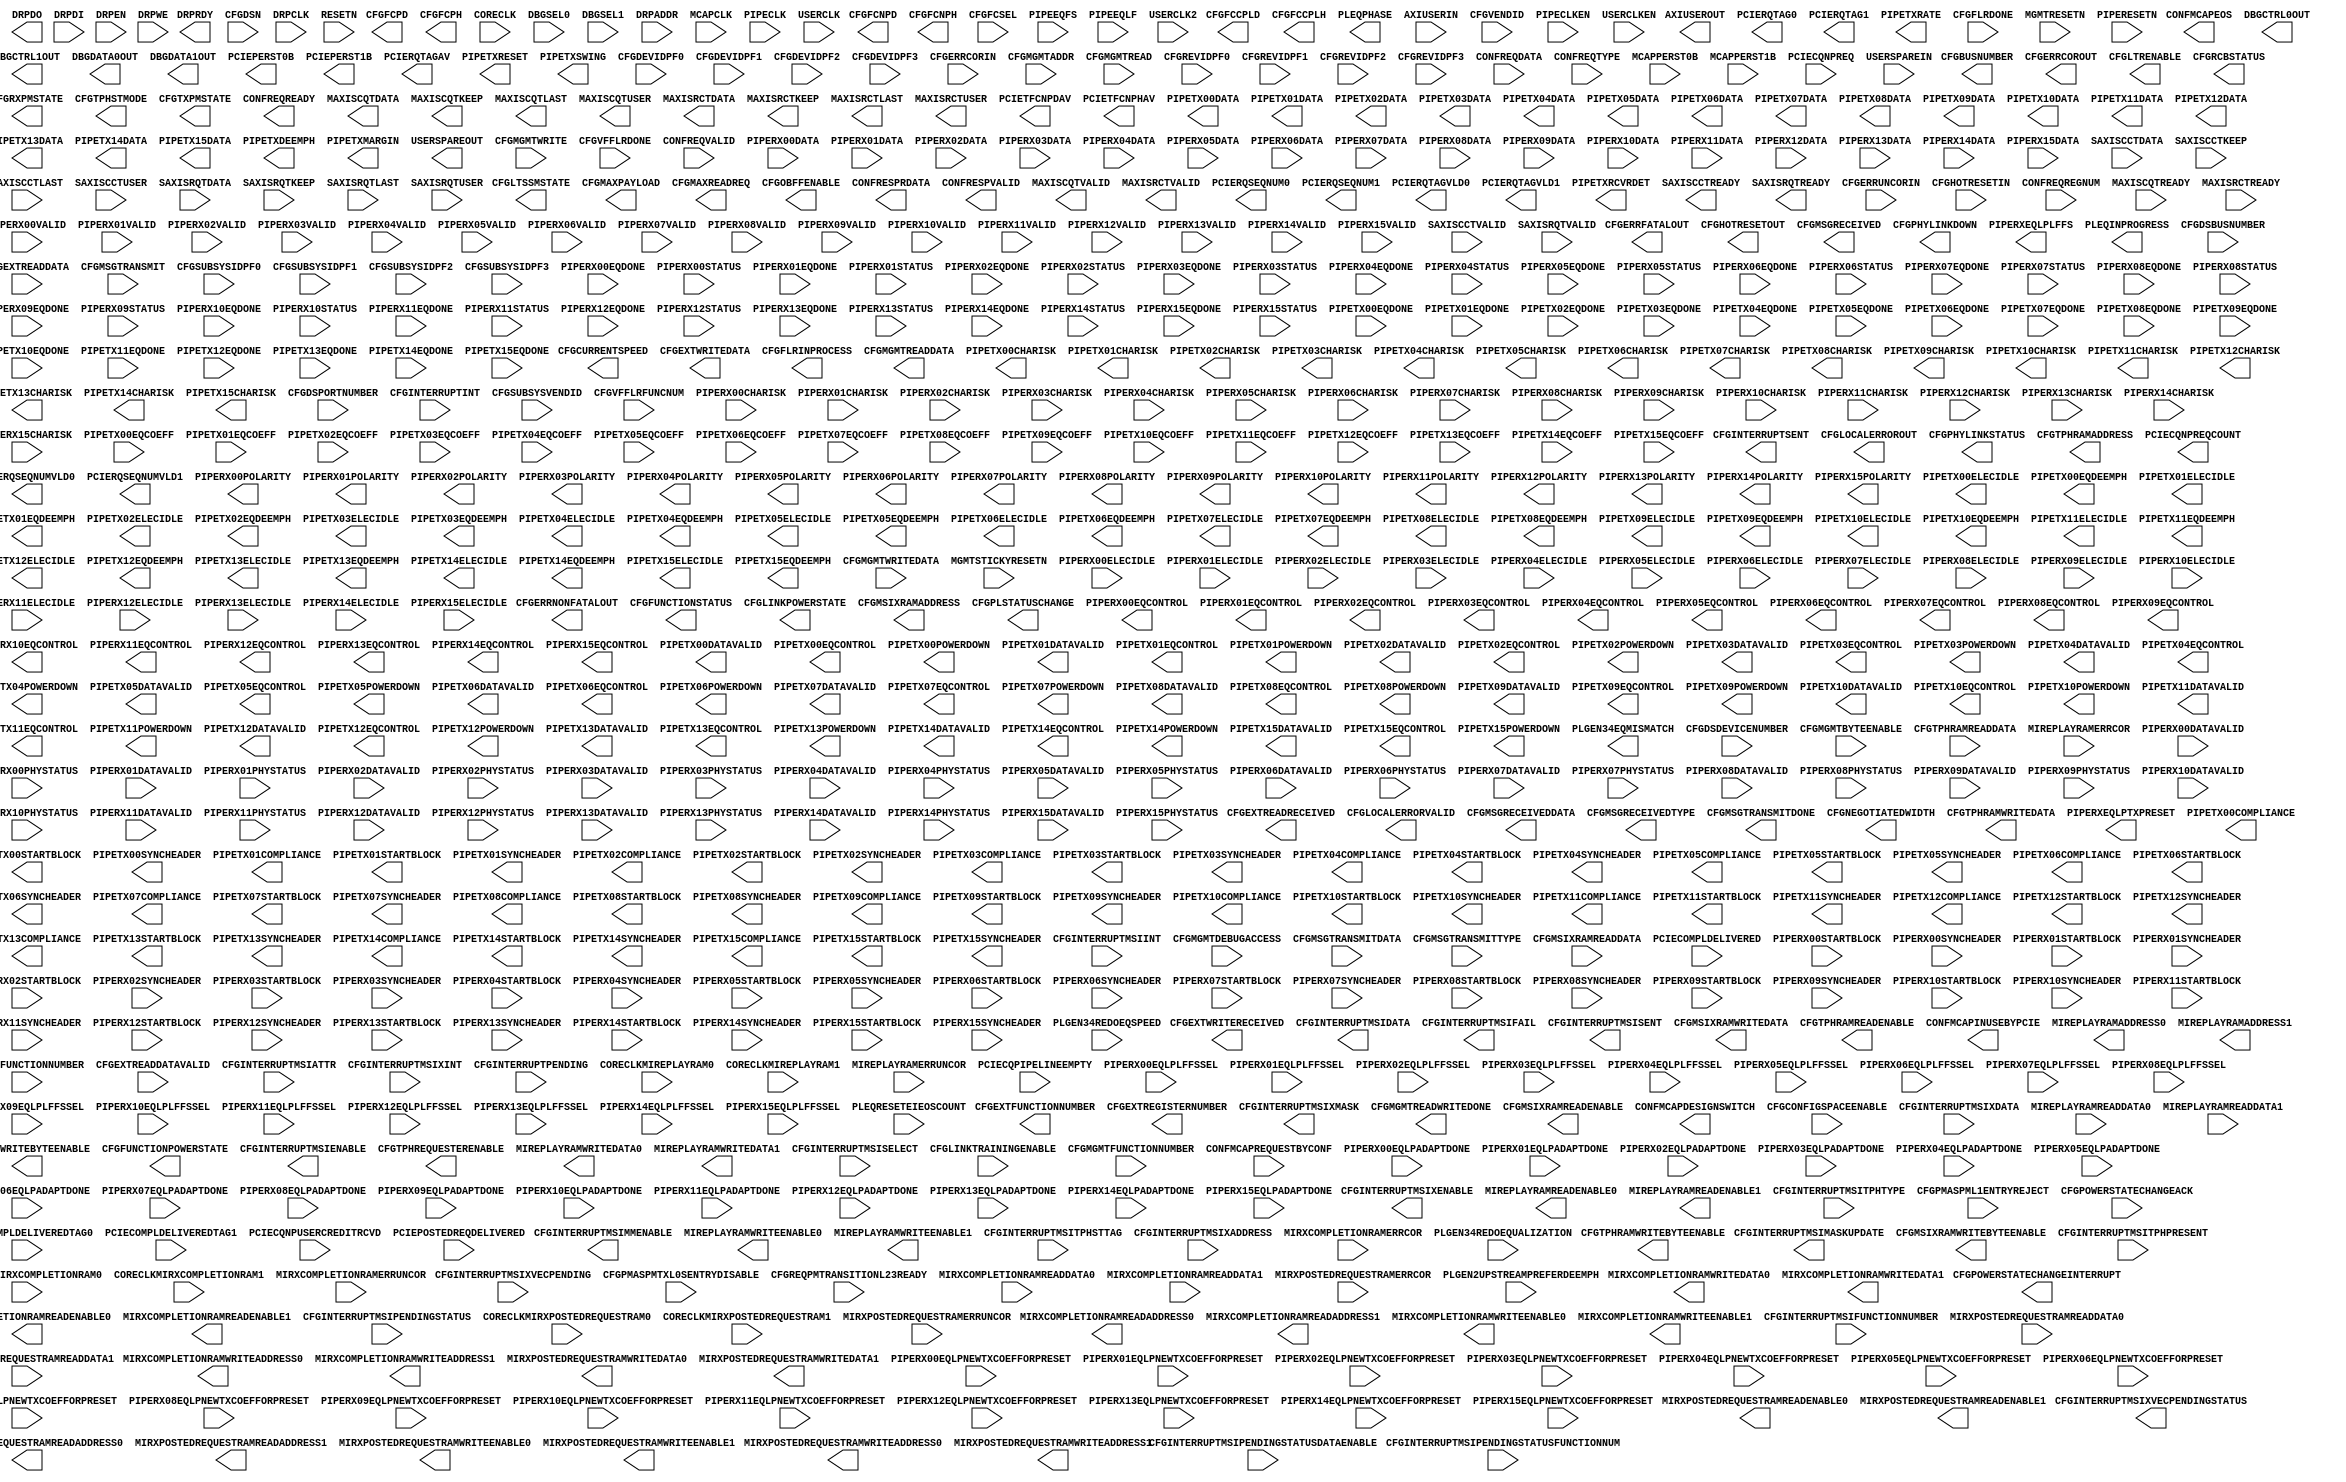
///////////////////////////////////////////////////////////////////////////////
//  Copyright (c) 1995/2016 Xilinx, Inc.
//  All Right Reserved.
///////////////////////////////////////////////////////////////////////////////
//   ____  ____
//  /   /\/   /
// /___/  \  /     Vendor      : Xilinx
// \   \   \/      Version     : 2016.1
//  \   \          Description : Xilinx Formal Library Component
//  /   /                        PCIE controller
// /___/   /\      Filename    : PCIE40E4.v
// \   \  /  \
//  \___\/\___\
//
///////////////////////////////////////////////////////////////////////////////
//  Revision:
//
//  End Revision:
///////////////////////////////////////////////////////////////////////////////

`timescale 1 ps / 1 ps

`celldefine

module PCIE40E4 #(
`ifdef XIL_TIMING
  parameter LOC = "UNPLACED",
`endif
  parameter ARI_CAP_ENABLE = "FALSE",
  parameter AUTO_FLR_RESPONSE = "FALSE",
  parameter [1:0] AXISTEN_IF_CC_ALIGNMENT_MODE = 2'h0,
  parameter [23:0] AXISTEN_IF_COMPL_TIMEOUT_REG0 = 24'hBEBC20,
  parameter [27:0] AXISTEN_IF_COMPL_TIMEOUT_REG1 = 28'h2FAF080,
  parameter [1:0] AXISTEN_IF_CQ_ALIGNMENT_MODE = 2'h0,
  parameter AXISTEN_IF_CQ_EN_POISONED_MEM_WR = "FALSE",
  parameter AXISTEN_IF_ENABLE_256_TAGS = "FALSE",
  parameter AXISTEN_IF_ENABLE_CLIENT_TAG = "FALSE",
  parameter AXISTEN_IF_ENABLE_INTERNAL_MSIX_TABLE = "FALSE",
  parameter AXISTEN_IF_ENABLE_MESSAGE_RID_CHECK = "TRUE",
  parameter [17:0] AXISTEN_IF_ENABLE_MSG_ROUTE = 18'h00000,
  parameter AXISTEN_IF_ENABLE_RX_MSG_INTFC = "FALSE",
  parameter AXISTEN_IF_EXT_512 = "FALSE",
  parameter AXISTEN_IF_EXT_512_CC_STRADDLE = "FALSE",
  parameter AXISTEN_IF_EXT_512_CQ_STRADDLE = "FALSE",
  parameter AXISTEN_IF_EXT_512_RC_STRADDLE = "FALSE",
  parameter AXISTEN_IF_EXT_512_RQ_STRADDLE = "FALSE",
  parameter AXISTEN_IF_LEGACY_MODE_ENABLE = "FALSE",
  parameter AXISTEN_IF_MSIX_FROM_RAM_PIPELINE = "FALSE",
  parameter AXISTEN_IF_MSIX_RX_PARITY_EN = "TRUE",
  parameter AXISTEN_IF_MSIX_TO_RAM_PIPELINE = "FALSE",
  parameter [1:0] AXISTEN_IF_RC_ALIGNMENT_MODE = 2'h0,
  parameter AXISTEN_IF_RC_STRADDLE = "FALSE",
  parameter [1:0] AXISTEN_IF_RQ_ALIGNMENT_MODE = 2'h0,
  parameter AXISTEN_IF_RX_PARITY_EN = "TRUE",
  parameter AXISTEN_IF_SIM_SHORT_CPL_TIMEOUT = "FALSE",
  parameter AXISTEN_IF_TX_PARITY_EN = "TRUE",
  parameter [1:0] AXISTEN_IF_WIDTH = 2'h2,
  parameter CFG_BYPASS_MODE_ENABLE = "FALSE",
  parameter CRM_CORE_CLK_FREQ_500 = "TRUE",
  parameter [1:0] CRM_USER_CLK_FREQ = 2'h2,
  parameter [15:0] DEBUG_AXI4ST_SPARE = 16'h0000,
  parameter [7:0] DEBUG_AXIST_DISABLE_FEATURE_BIT = 8'h00,
  parameter [3:0] DEBUG_CAR_SPARE = 4'h0,
  parameter [15:0] DEBUG_CFG_SPARE = 16'h0000,
  parameter [15:0] DEBUG_LL_SPARE = 16'h0000,
  parameter DEBUG_PL_DISABLE_LES_UPDATE_ON_DEFRAMER_ERROR = "FALSE",
  parameter DEBUG_PL_DISABLE_LES_UPDATE_ON_SKP_ERROR = "FALSE",
  parameter DEBUG_PL_DISABLE_LES_UPDATE_ON_SKP_PARITY_ERROR = "FALSE",
  parameter DEBUG_PL_DISABLE_REC_ENTRY_ON_DYNAMIC_DSKEW_FAIL = "FALSE",
  parameter DEBUG_PL_DISABLE_REC_ENTRY_ON_RX_BUFFER_UNDER_OVER_FLOW = "FALSE",
  parameter DEBUG_PL_DISABLE_SCRAMBLING = "FALSE",
  parameter DEBUG_PL_SIM_RESET_LFSR = "FALSE",
  parameter [15:0] DEBUG_PL_SPARE = 16'h0000,
  parameter DEBUG_TL_DISABLE_FC_TIMEOUT = "FALSE",
  parameter DEBUG_TL_DISABLE_RX_TLP_ORDER_CHECKS = "FALSE",
  parameter [15:0] DEBUG_TL_SPARE = 16'h0000,
  parameter [7:0] DNSTREAM_LINK_NUM = 8'h00,
  parameter DSN_CAP_ENABLE = "FALSE",
  parameter EXTENDED_CFG_EXTEND_INTERFACE_ENABLE = "FALSE",
  parameter HEADER_TYPE_OVERRIDE = "FALSE",
  parameter IS_SWITCH_PORT = "FALSE",
  parameter LEGACY_CFG_EXTEND_INTERFACE_ENABLE = "FALSE",
  parameter [8:0] LL_ACK_TIMEOUT = 9'h000,
  parameter LL_ACK_TIMEOUT_EN = "FALSE",
  parameter integer LL_ACK_TIMEOUT_FUNC = 0,
  parameter LL_DISABLE_SCHED_TX_NAK = "FALSE",
  parameter LL_REPLAY_FROM_RAM_PIPELINE = "FALSE",
  parameter [8:0] LL_REPLAY_TIMEOUT = 9'h000,
  parameter LL_REPLAY_TIMEOUT_EN = "FALSE",
  parameter integer LL_REPLAY_TIMEOUT_FUNC = 0,
  parameter LL_REPLAY_TO_RAM_PIPELINE = "FALSE",
  parameter LL_RX_TLP_PARITY_GEN = "TRUE",
  parameter LL_TX_TLP_PARITY_CHK = "TRUE",
  parameter [15:0] LL_USER_SPARE = 16'h0000,
  parameter [9:0] LTR_TX_MESSAGE_MINIMUM_INTERVAL = 10'h250,
  parameter LTR_TX_MESSAGE_ON_FUNC_POWER_STATE_CHANGE = "FALSE",
  parameter LTR_TX_MESSAGE_ON_LTR_ENABLE = "FALSE",
  parameter [11:0] MCAP_CAP_NEXTPTR = 12'h000,
  parameter MCAP_CONFIGURE_OVERRIDE = "FALSE",
  parameter MCAP_ENABLE = "FALSE",
  parameter MCAP_EOS_DESIGN_SWITCH = "FALSE",
  parameter [31:0] MCAP_FPGA_BITSTREAM_VERSION = 32'h00000000,
  parameter MCAP_GATE_IO_ENABLE_DESIGN_SWITCH = "FALSE",
  parameter MCAP_GATE_MEM_ENABLE_DESIGN_SWITCH = "FALSE",
  parameter MCAP_INPUT_GATE_DESIGN_SWITCH = "FALSE",
  parameter MCAP_INTERRUPT_ON_MCAP_EOS = "FALSE",
  parameter MCAP_INTERRUPT_ON_MCAP_ERROR = "FALSE",
  parameter [15:0] MCAP_VSEC_ID = 16'h0000,
  parameter [11:0] MCAP_VSEC_LEN = 12'h02C,
  parameter [3:0] MCAP_VSEC_REV = 4'h0,
  parameter PF0_AER_CAP_ECRC_GEN_AND_CHECK_CAPABLE = "FALSE",
  parameter [11:0] PF0_AER_CAP_NEXTPTR = 12'h000,
  parameter [11:0] PF0_ARI_CAP_NEXTPTR = 12'h000,
  parameter [7:0] PF0_ARI_CAP_NEXT_FUNC = 8'h00,
  parameter [3:0] PF0_ARI_CAP_VER = 4'h1,
  parameter [5:0] PF0_BAR0_APERTURE_SIZE = 6'h03,
  parameter [2:0] PF0_BAR0_CONTROL = 3'h4,
  parameter [4:0] PF0_BAR1_APERTURE_SIZE = 5'h00,
  parameter [2:0] PF0_BAR1_CONTROL = 3'h0,
  parameter [5:0] PF0_BAR2_APERTURE_SIZE = 6'h03,
  parameter [2:0] PF0_BAR2_CONTROL = 3'h4,
  parameter [4:0] PF0_BAR3_APERTURE_SIZE = 5'h03,
  parameter [2:0] PF0_BAR3_CONTROL = 3'h0,
  parameter [5:0] PF0_BAR4_APERTURE_SIZE = 6'h03,
  parameter [2:0] PF0_BAR4_CONTROL = 3'h4,
  parameter [4:0] PF0_BAR5_APERTURE_SIZE = 5'h03,
  parameter [2:0] PF0_BAR5_CONTROL = 3'h0,
  parameter [7:0] PF0_CAPABILITY_POINTER = 8'h80,
  parameter [23:0] PF0_CLASS_CODE = 24'h000000,
  parameter PF0_DEV_CAP2_128B_CAS_ATOMIC_COMPLETER_SUPPORT = "TRUE",
  parameter PF0_DEV_CAP2_32B_ATOMIC_COMPLETER_SUPPORT = "TRUE",
  parameter PF0_DEV_CAP2_64B_ATOMIC_COMPLETER_SUPPORT = "TRUE",
  parameter PF0_DEV_CAP2_ARI_FORWARD_ENABLE = "FALSE",
  parameter PF0_DEV_CAP2_CPL_TIMEOUT_DISABLE = "TRUE",
  parameter PF0_DEV_CAP2_LTR_SUPPORT = "TRUE",
  parameter [1:0] PF0_DEV_CAP2_OBFF_SUPPORT = 2'h0,
  parameter PF0_DEV_CAP2_TPH_COMPLETER_SUPPORT = "FALSE",
  parameter integer PF0_DEV_CAP_ENDPOINT_L0S_LATENCY = 0,
  parameter integer PF0_DEV_CAP_ENDPOINT_L1_LATENCY = 0,
  parameter PF0_DEV_CAP_EXT_TAG_SUPPORTED = "TRUE",
  parameter PF0_DEV_CAP_FUNCTION_LEVEL_RESET_CAPABLE = "TRUE",
  parameter [2:0] PF0_DEV_CAP_MAX_PAYLOAD_SIZE = 3'h3,
  parameter [11:0] PF0_DSN_CAP_NEXTPTR = 12'h10C,
  parameter [4:0] PF0_EXPANSION_ROM_APERTURE_SIZE = 5'h03,
  parameter PF0_EXPANSION_ROM_ENABLE = "FALSE",
  parameter [2:0] PF0_INTERRUPT_PIN = 3'h1,
  parameter integer PF0_LINK_CAP_ASPM_SUPPORT = 0,
  parameter integer PF0_LINK_CAP_L0S_EXIT_LATENCY_COMCLK_GEN1 = 7,
  parameter integer PF0_LINK_CAP_L0S_EXIT_LATENCY_COMCLK_GEN2 = 7,
  parameter integer PF0_LINK_CAP_L0S_EXIT_LATENCY_COMCLK_GEN3 = 7,
  parameter integer PF0_LINK_CAP_L0S_EXIT_LATENCY_COMCLK_GEN4 = 7,
  parameter integer PF0_LINK_CAP_L0S_EXIT_LATENCY_GEN1 = 7,
  parameter integer PF0_LINK_CAP_L0S_EXIT_LATENCY_GEN2 = 7,
  parameter integer PF0_LINK_CAP_L0S_EXIT_LATENCY_GEN3 = 7,
  parameter integer PF0_LINK_CAP_L0S_EXIT_LATENCY_GEN4 = 7,
  parameter integer PF0_LINK_CAP_L1_EXIT_LATENCY_COMCLK_GEN1 = 7,
  parameter integer PF0_LINK_CAP_L1_EXIT_LATENCY_COMCLK_GEN2 = 7,
  parameter integer PF0_LINK_CAP_L1_EXIT_LATENCY_COMCLK_GEN3 = 7,
  parameter integer PF0_LINK_CAP_L1_EXIT_LATENCY_COMCLK_GEN4 = 7,
  parameter integer PF0_LINK_CAP_L1_EXIT_LATENCY_GEN1 = 7,
  parameter integer PF0_LINK_CAP_L1_EXIT_LATENCY_GEN2 = 7,
  parameter integer PF0_LINK_CAP_L1_EXIT_LATENCY_GEN3 = 7,
  parameter integer PF0_LINK_CAP_L1_EXIT_LATENCY_GEN4 = 7,
  parameter [0:0] PF0_LINK_CONTROL_RCB = 1'h0,
  parameter PF0_LINK_STATUS_SLOT_CLOCK_CONFIG = "TRUE",
  parameter [9:0] PF0_LTR_CAP_MAX_NOSNOOP_LAT = 10'h000,
  parameter [9:0] PF0_LTR_CAP_MAX_SNOOP_LAT = 10'h000,
  parameter [11:0] PF0_LTR_CAP_NEXTPTR = 12'h000,
  parameter [3:0] PF0_LTR_CAP_VER = 4'h1,
  parameter [7:0] PF0_MSIX_CAP_NEXTPTR = 8'h00,
  parameter integer PF0_MSIX_CAP_PBA_BIR = 0,
  parameter [28:0] PF0_MSIX_CAP_PBA_OFFSET = 29'h00000050,
  parameter integer PF0_MSIX_CAP_TABLE_BIR = 0,
  parameter [28:0] PF0_MSIX_CAP_TABLE_OFFSET = 29'h00000040,
  parameter [10:0] PF0_MSIX_CAP_TABLE_SIZE = 11'h000,
  parameter [5:0] PF0_MSIX_VECTOR_COUNT = 6'h04,
  parameter integer PF0_MSI_CAP_MULTIMSGCAP = 0,
  parameter [7:0] PF0_MSI_CAP_NEXTPTR = 8'h00,
  parameter PF0_MSI_CAP_PERVECMASKCAP = "FALSE",
  parameter [7:0] PF0_PCIE_CAP_NEXTPTR = 8'h00,
  parameter [7:0] PF0_PM_CAP_ID = 8'h01,
  parameter [7:0] PF0_PM_CAP_NEXTPTR = 8'h00,
  parameter PF0_PM_CAP_PMESUPPORT_D0 = "TRUE",
  parameter PF0_PM_CAP_PMESUPPORT_D1 = "TRUE",
  parameter PF0_PM_CAP_PMESUPPORT_D3HOT = "TRUE",
  parameter PF0_PM_CAP_SUPP_D1_STATE = "TRUE",
  parameter [2:0] PF0_PM_CAP_VER_ID = 3'h3,
  parameter PF0_PM_CSR_NOSOFTRESET = "TRUE",
  parameter [11:0] PF0_SECONDARY_PCIE_CAP_NEXTPTR = 12'h000,
  parameter PF0_SRIOV_ARI_CAPBL_HIER_PRESERVED = "FALSE",
  parameter [5:0] PF0_SRIOV_BAR0_APERTURE_SIZE = 6'h03,
  parameter [2:0] PF0_SRIOV_BAR0_CONTROL = 3'h4,
  parameter [4:0] PF0_SRIOV_BAR1_APERTURE_SIZE = 5'h00,
  parameter [2:0] PF0_SRIOV_BAR1_CONTROL = 3'h0,
  parameter [5:0] PF0_SRIOV_BAR2_APERTURE_SIZE = 6'h03,
  parameter [2:0] PF0_SRIOV_BAR2_CONTROL = 3'h4,
  parameter [4:0] PF0_SRIOV_BAR3_APERTURE_SIZE = 5'h03,
  parameter [2:0] PF0_SRIOV_BAR3_CONTROL = 3'h0,
  parameter [5:0] PF0_SRIOV_BAR4_APERTURE_SIZE = 6'h03,
  parameter [2:0] PF0_SRIOV_BAR4_CONTROL = 3'h4,
  parameter [4:0] PF0_SRIOV_BAR5_APERTURE_SIZE = 5'h03,
  parameter [2:0] PF0_SRIOV_BAR5_CONTROL = 3'h0,
  parameter [15:0] PF0_SRIOV_CAP_INITIAL_VF = 16'h0000,
  parameter [11:0] PF0_SRIOV_CAP_NEXTPTR = 12'h000,
  parameter [15:0] PF0_SRIOV_CAP_TOTAL_VF = 16'h0000,
  parameter [3:0] PF0_SRIOV_CAP_VER = 4'h1,
  parameter [15:0] PF0_SRIOV_FIRST_VF_OFFSET = 16'h0000,
  parameter [15:0] PF0_SRIOV_FUNC_DEP_LINK = 16'h0000,
  parameter [31:0] PF0_SRIOV_SUPPORTED_PAGE_SIZE = 32'h00000000,
  parameter [15:0] PF0_SRIOV_VF_DEVICE_ID = 16'h0000,
  parameter PF0_TPHR_CAP_DEV_SPECIFIC_MODE = "TRUE",
  parameter PF0_TPHR_CAP_ENABLE = "FALSE",
  parameter PF0_TPHR_CAP_INT_VEC_MODE = "TRUE",
  parameter [11:0] PF0_TPHR_CAP_NEXTPTR = 12'h000,
  parameter [2:0] PF0_TPHR_CAP_ST_MODE_SEL = 3'h0,
  parameter [1:0] PF0_TPHR_CAP_ST_TABLE_LOC = 2'h0,
  parameter [10:0] PF0_TPHR_CAP_ST_TABLE_SIZE = 11'h000,
  parameter [3:0] PF0_TPHR_CAP_VER = 4'h1,
  parameter PF0_VC_CAP_ENABLE = "FALSE",
  parameter [11:0] PF0_VC_CAP_NEXTPTR = 12'h000,
  parameter [3:0] PF0_VC_CAP_VER = 4'h1,
  parameter [11:0] PF1_AER_CAP_NEXTPTR = 12'h000,
  parameter [11:0] PF1_ARI_CAP_NEXTPTR = 12'h000,
  parameter [7:0] PF1_ARI_CAP_NEXT_FUNC = 8'h00,
  parameter [5:0] PF1_BAR0_APERTURE_SIZE = 6'h03,
  parameter [2:0] PF1_BAR0_CONTROL = 3'h4,
  parameter [4:0] PF1_BAR1_APERTURE_SIZE = 5'h00,
  parameter [2:0] PF1_BAR1_CONTROL = 3'h0,
  parameter [5:0] PF1_BAR2_APERTURE_SIZE = 6'h03,
  parameter [2:0] PF1_BAR2_CONTROL = 3'h4,
  parameter [4:0] PF1_BAR3_APERTURE_SIZE = 5'h03,
  parameter [2:0] PF1_BAR3_CONTROL = 3'h0,
  parameter [5:0] PF1_BAR4_APERTURE_SIZE = 6'h03,
  parameter [2:0] PF1_BAR4_CONTROL = 3'h4,
  parameter [4:0] PF1_BAR5_APERTURE_SIZE = 5'h03,
  parameter [2:0] PF1_BAR5_CONTROL = 3'h0,
  parameter [7:0] PF1_CAPABILITY_POINTER = 8'h80,
  parameter [23:0] PF1_CLASS_CODE = 24'h000000,
  parameter [2:0] PF1_DEV_CAP_MAX_PAYLOAD_SIZE = 3'h3,
  parameter [11:0] PF1_DSN_CAP_NEXTPTR = 12'h10C,
  parameter [4:0] PF1_EXPANSION_ROM_APERTURE_SIZE = 5'h03,
  parameter PF1_EXPANSION_ROM_ENABLE = "FALSE",
  parameter [2:0] PF1_INTERRUPT_PIN = 3'h1,
  parameter [7:0] PF1_MSIX_CAP_NEXTPTR = 8'h00,
  parameter integer PF1_MSIX_CAP_PBA_BIR = 0,
  parameter [28:0] PF1_MSIX_CAP_PBA_OFFSET = 29'h00000050,
  parameter integer PF1_MSIX_CAP_TABLE_BIR = 0,
  parameter [28:0] PF1_MSIX_CAP_TABLE_OFFSET = 29'h00000040,
  parameter [10:0] PF1_MSIX_CAP_TABLE_SIZE = 11'h000,
  parameter integer PF1_MSI_CAP_MULTIMSGCAP = 0,
  parameter [7:0] PF1_MSI_CAP_NEXTPTR = 8'h00,
  parameter PF1_MSI_CAP_PERVECMASKCAP = "FALSE",
  parameter [7:0] PF1_PCIE_CAP_NEXTPTR = 8'h00,
  parameter [7:0] PF1_PM_CAP_NEXTPTR = 8'h00,
  parameter PF1_SRIOV_ARI_CAPBL_HIER_PRESERVED = "FALSE",
  parameter [5:0] PF1_SRIOV_BAR0_APERTURE_SIZE = 6'h03,
  parameter [2:0] PF1_SRIOV_BAR0_CONTROL = 3'h4,
  parameter [4:0] PF1_SRIOV_BAR1_APERTURE_SIZE = 5'h00,
  parameter [2:0] PF1_SRIOV_BAR1_CONTROL = 3'h0,
  parameter [5:0] PF1_SRIOV_BAR2_APERTURE_SIZE = 6'h03,
  parameter [2:0] PF1_SRIOV_BAR2_CONTROL = 3'h4,
  parameter [4:0] PF1_SRIOV_BAR3_APERTURE_SIZE = 5'h03,
  parameter [2:0] PF1_SRIOV_BAR3_CONTROL = 3'h0,
  parameter [5:0] PF1_SRIOV_BAR4_APERTURE_SIZE = 6'h03,
  parameter [2:0] PF1_SRIOV_BAR4_CONTROL = 3'h4,
  parameter [4:0] PF1_SRIOV_BAR5_APERTURE_SIZE = 5'h03,
  parameter [2:0] PF1_SRIOV_BAR5_CONTROL = 3'h0,
  parameter [15:0] PF1_SRIOV_CAP_INITIAL_VF = 16'h0000,
  parameter [11:0] PF1_SRIOV_CAP_NEXTPTR = 12'h000,
  parameter [15:0] PF1_SRIOV_CAP_TOTAL_VF = 16'h0000,
  parameter [3:0] PF1_SRIOV_CAP_VER = 4'h1,
  parameter [15:0] PF1_SRIOV_FIRST_VF_OFFSET = 16'h0000,
  parameter [15:0] PF1_SRIOV_FUNC_DEP_LINK = 16'h0000,
  parameter [31:0] PF1_SRIOV_SUPPORTED_PAGE_SIZE = 32'h00000000,
  parameter [15:0] PF1_SRIOV_VF_DEVICE_ID = 16'h0000,
  parameter [11:0] PF1_TPHR_CAP_NEXTPTR = 12'h000,
  parameter [2:0] PF1_TPHR_CAP_ST_MODE_SEL = 3'h0,
  parameter [11:0] PF2_AER_CAP_NEXTPTR = 12'h000,
  parameter [11:0] PF2_ARI_CAP_NEXTPTR = 12'h000,
  parameter [7:0] PF2_ARI_CAP_NEXT_FUNC = 8'h00,
  parameter [5:0] PF2_BAR0_APERTURE_SIZE = 6'h03,
  parameter [2:0] PF2_BAR0_CONTROL = 3'h4,
  parameter [4:0] PF2_BAR1_APERTURE_SIZE = 5'h00,
  parameter [2:0] PF2_BAR1_CONTROL = 3'h0,
  parameter [5:0] PF2_BAR2_APERTURE_SIZE = 6'h03,
  parameter [2:0] PF2_BAR2_CONTROL = 3'h4,
  parameter [4:0] PF2_BAR3_APERTURE_SIZE = 5'h03,
  parameter [2:0] PF2_BAR3_CONTROL = 3'h0,
  parameter [5:0] PF2_BAR4_APERTURE_SIZE = 6'h03,
  parameter [2:0] PF2_BAR4_CONTROL = 3'h4,
  parameter [4:0] PF2_BAR5_APERTURE_SIZE = 5'h03,
  parameter [2:0] PF2_BAR5_CONTROL = 3'h0,
  parameter [7:0] PF2_CAPABILITY_POINTER = 8'h80,
  parameter [23:0] PF2_CLASS_CODE = 24'h000000,
  parameter [2:0] PF2_DEV_CAP_MAX_PAYLOAD_SIZE = 3'h3,
  parameter [11:0] PF2_DSN_CAP_NEXTPTR = 12'h10C,
  parameter [4:0] PF2_EXPANSION_ROM_APERTURE_SIZE = 5'h03,
  parameter PF2_EXPANSION_ROM_ENABLE = "FALSE",
  parameter [2:0] PF2_INTERRUPT_PIN = 3'h1,
  parameter [7:0] PF2_MSIX_CAP_NEXTPTR = 8'h00,
  parameter integer PF2_MSIX_CAP_PBA_BIR = 0,
  parameter [28:0] PF2_MSIX_CAP_PBA_OFFSET = 29'h00000050,
  parameter integer PF2_MSIX_CAP_TABLE_BIR = 0,
  parameter [28:0] PF2_MSIX_CAP_TABLE_OFFSET = 29'h00000040,
  parameter [10:0] PF2_MSIX_CAP_TABLE_SIZE = 11'h000,
  parameter integer PF2_MSI_CAP_MULTIMSGCAP = 0,
  parameter [7:0] PF2_MSI_CAP_NEXTPTR = 8'h00,
  parameter PF2_MSI_CAP_PERVECMASKCAP = "FALSE",
  parameter [7:0] PF2_PCIE_CAP_NEXTPTR = 8'h00,
  parameter [7:0] PF2_PM_CAP_NEXTPTR = 8'h00,
  parameter PF2_SRIOV_ARI_CAPBL_HIER_PRESERVED = "FALSE",
  parameter [5:0] PF2_SRIOV_BAR0_APERTURE_SIZE = 6'h03,
  parameter [2:0] PF2_SRIOV_BAR0_CONTROL = 3'h4,
  parameter [4:0] PF2_SRIOV_BAR1_APERTURE_SIZE = 5'h00,
  parameter [2:0] PF2_SRIOV_BAR1_CONTROL = 3'h0,
  parameter [5:0] PF2_SRIOV_BAR2_APERTURE_SIZE = 6'h03,
  parameter [2:0] PF2_SRIOV_BAR2_CONTROL = 3'h4,
  parameter [4:0] PF2_SRIOV_BAR3_APERTURE_SIZE = 5'h03,
  parameter [2:0] PF2_SRIOV_BAR3_CONTROL = 3'h0,
  parameter [5:0] PF2_SRIOV_BAR4_APERTURE_SIZE = 6'h03,
  parameter [2:0] PF2_SRIOV_BAR4_CONTROL = 3'h4,
  parameter [4:0] PF2_SRIOV_BAR5_APERTURE_SIZE = 5'h03,
  parameter [2:0] PF2_SRIOV_BAR5_CONTROL = 3'h0,
  parameter [15:0] PF2_SRIOV_CAP_INITIAL_VF = 16'h0000,
  parameter [11:0] PF2_SRIOV_CAP_NEXTPTR = 12'h000,
  parameter [15:0] PF2_SRIOV_CAP_TOTAL_VF = 16'h0000,
  parameter [3:0] PF2_SRIOV_CAP_VER = 4'h1,
  parameter [15:0] PF2_SRIOV_FIRST_VF_OFFSET = 16'h0000,
  parameter [15:0] PF2_SRIOV_FUNC_DEP_LINK = 16'h0000,
  parameter [31:0] PF2_SRIOV_SUPPORTED_PAGE_SIZE = 32'h00000000,
  parameter [15:0] PF2_SRIOV_VF_DEVICE_ID = 16'h0000,
  parameter [11:0] PF2_TPHR_CAP_NEXTPTR = 12'h000,
  parameter [2:0] PF2_TPHR_CAP_ST_MODE_SEL = 3'h0,
  parameter [11:0] PF3_AER_CAP_NEXTPTR = 12'h000,
  parameter [11:0] PF3_ARI_CAP_NEXTPTR = 12'h000,
  parameter [7:0] PF3_ARI_CAP_NEXT_FUNC = 8'h00,
  parameter [5:0] PF3_BAR0_APERTURE_SIZE = 6'h03,
  parameter [2:0] PF3_BAR0_CONTROL = 3'h4,
  parameter [4:0] PF3_BAR1_APERTURE_SIZE = 5'h00,
  parameter [2:0] PF3_BAR1_CONTROL = 3'h0,
  parameter [5:0] PF3_BAR2_APERTURE_SIZE = 6'h03,
  parameter [2:0] PF3_BAR2_CONTROL = 3'h4,
  parameter [4:0] PF3_BAR3_APERTURE_SIZE = 5'h03,
  parameter [2:0] PF3_BAR3_CONTROL = 3'h0,
  parameter [5:0] PF3_BAR4_APERTURE_SIZE = 6'h03,
  parameter [2:0] PF3_BAR4_CONTROL = 3'h4,
  parameter [4:0] PF3_BAR5_APERTURE_SIZE = 5'h03,
  parameter [2:0] PF3_BAR5_CONTROL = 3'h0,
  parameter [7:0] PF3_CAPABILITY_POINTER = 8'h80,
  parameter [23:0] PF3_CLASS_CODE = 24'h000000,
  parameter [2:0] PF3_DEV_CAP_MAX_PAYLOAD_SIZE = 3'h3,
  parameter [11:0] PF3_DSN_CAP_NEXTPTR = 12'h10C,
  parameter [4:0] PF3_EXPANSION_ROM_APERTURE_SIZE = 5'h03,
  parameter PF3_EXPANSION_ROM_ENABLE = "FALSE",
  parameter [2:0] PF3_INTERRUPT_PIN = 3'h1,
  parameter [7:0] PF3_MSIX_CAP_NEXTPTR = 8'h00,
  parameter integer PF3_MSIX_CAP_PBA_BIR = 0,
  parameter [28:0] PF3_MSIX_CAP_PBA_OFFSET = 29'h00000050,
  parameter integer PF3_MSIX_CAP_TABLE_BIR = 0,
  parameter [28:0] PF3_MSIX_CAP_TABLE_OFFSET = 29'h00000040,
  parameter [10:0] PF3_MSIX_CAP_TABLE_SIZE = 11'h000,
  parameter integer PF3_MSI_CAP_MULTIMSGCAP = 0,
  parameter [7:0] PF3_MSI_CAP_NEXTPTR = 8'h00,
  parameter PF3_MSI_CAP_PERVECMASKCAP = "FALSE",
  parameter [7:0] PF3_PCIE_CAP_NEXTPTR = 8'h00,
  parameter [7:0] PF3_PM_CAP_NEXTPTR = 8'h00,
  parameter PF3_SRIOV_ARI_CAPBL_HIER_PRESERVED = "FALSE",
  parameter [5:0] PF3_SRIOV_BAR0_APERTURE_SIZE = 6'h03,
  parameter [2:0] PF3_SRIOV_BAR0_CONTROL = 3'h4,
  parameter [4:0] PF3_SRIOV_BAR1_APERTURE_SIZE = 5'h00,
  parameter [2:0] PF3_SRIOV_BAR1_CONTROL = 3'h0,
  parameter [5:0] PF3_SRIOV_BAR2_APERTURE_SIZE = 6'h03,
  parameter [2:0] PF3_SRIOV_BAR2_CONTROL = 3'h4,
  parameter [4:0] PF3_SRIOV_BAR3_APERTURE_SIZE = 5'h03,
  parameter [2:0] PF3_SRIOV_BAR3_CONTROL = 3'h0,
  parameter [5:0] PF3_SRIOV_BAR4_APERTURE_SIZE = 6'h03,
  parameter [2:0] PF3_SRIOV_BAR4_CONTROL = 3'h4,
  parameter [4:0] PF3_SRIOV_BAR5_APERTURE_SIZE = 5'h03,
  parameter [2:0] PF3_SRIOV_BAR5_CONTROL = 3'h0,
  parameter [15:0] PF3_SRIOV_CAP_INITIAL_VF = 16'h0000,
  parameter [11:0] PF3_SRIOV_CAP_NEXTPTR = 12'h000,
  parameter [15:0] PF3_SRIOV_CAP_TOTAL_VF = 16'h0000,
  parameter [3:0] PF3_SRIOV_CAP_VER = 4'h1,
  parameter [15:0] PF3_SRIOV_FIRST_VF_OFFSET = 16'h0000,
  parameter [15:0] PF3_SRIOV_FUNC_DEP_LINK = 16'h0000,
  parameter [31:0] PF3_SRIOV_SUPPORTED_PAGE_SIZE = 32'h00000000,
  parameter [15:0] PF3_SRIOV_VF_DEVICE_ID = 16'h0000,
  parameter [11:0] PF3_TPHR_CAP_NEXTPTR = 12'h000,
  parameter [2:0] PF3_TPHR_CAP_ST_MODE_SEL = 3'h0,
  parameter PL_CFG_STATE_ROBUSTNESS_ENABLE = "TRUE",
  parameter PL_DEEMPH_SOURCE_SELECT = "TRUE",
  parameter PL_DESKEW_ON_SKIP_IN_GEN12 = "FALSE",
  parameter PL_DISABLE_AUTO_EQ_SPEED_CHANGE_TO_GEN3 = "FALSE",
  parameter PL_DISABLE_AUTO_EQ_SPEED_CHANGE_TO_GEN4 = "FALSE",
  parameter PL_DISABLE_AUTO_SPEED_CHANGE_TO_GEN2 = "FALSE",
  parameter PL_DISABLE_DC_BALANCE = "FALSE",
  parameter PL_DISABLE_EI_INFER_IN_L0 = "FALSE",
  parameter PL_DISABLE_LANE_REVERSAL = "FALSE",
  parameter [1:0] PL_DISABLE_LFSR_UPDATE_ON_SKP = 2'h0,
  parameter PL_DISABLE_RETRAIN_ON_EB_ERROR = "FALSE",
  parameter PL_DISABLE_RETRAIN_ON_FRAMING_ERROR = "FALSE",
  parameter [15:0] PL_DISABLE_RETRAIN_ON_SPECIFIC_FRAMING_ERROR = 16'h0000,
  parameter PL_DISABLE_UPCONFIG_CAPABLE = "FALSE",
  parameter [1:0] PL_EQ_ADAPT_DISABLE_COEFF_CHECK = 2'h0,
  parameter [1:0] PL_EQ_ADAPT_DISABLE_PRESET_CHECK = 2'h0,
  parameter [4:0] PL_EQ_ADAPT_ITER_COUNT = 5'h02,
  parameter [1:0] PL_EQ_ADAPT_REJECT_RETRY_COUNT = 2'h1,
  parameter [1:0] PL_EQ_BYPASS_PHASE23 = 2'h0,
  parameter [5:0] PL_EQ_DEFAULT_RX_PRESET_HINT = 6'h33,
  parameter [7:0] PL_EQ_DEFAULT_TX_PRESET = 8'h44,
  parameter PL_EQ_DISABLE_MISMATCH_CHECK = "TRUE",
  parameter [1:0] PL_EQ_RX_ADAPT_EQ_PHASE0 = 2'h0,
  parameter [1:0] PL_EQ_RX_ADAPT_EQ_PHASE1 = 2'h0,
  parameter PL_EQ_SHORT_ADAPT_PHASE = "FALSE",
  parameter PL_EQ_TX_8G_EQ_TS2_ENABLE = "FALSE",
  parameter PL_EXIT_LOOPBACK_ON_EI_ENTRY = "TRUE",
  parameter PL_INFER_EI_DISABLE_LPBK_ACTIVE = "TRUE",
  parameter PL_INFER_EI_DISABLE_REC_RC = "FALSE",
  parameter PL_INFER_EI_DISABLE_REC_SPD = "FALSE",
  parameter [31:0] PL_LANE0_EQ_CONTROL = 32'h00003F00,
  parameter [31:0] PL_LANE10_EQ_CONTROL = 32'h00003F00,
  parameter [31:0] PL_LANE11_EQ_CONTROL = 32'h00003F00,
  parameter [31:0] PL_LANE12_EQ_CONTROL = 32'h00003F00,
  parameter [31:0] PL_LANE13_EQ_CONTROL = 32'h00003F00,
  parameter [31:0] PL_LANE14_EQ_CONTROL = 32'h00003F00,
  parameter [31:0] PL_LANE15_EQ_CONTROL = 32'h00003F00,
  parameter [31:0] PL_LANE1_EQ_CONTROL = 32'h00003F00,
  parameter [31:0] PL_LANE2_EQ_CONTROL = 32'h00003F00,
  parameter [31:0] PL_LANE3_EQ_CONTROL = 32'h00003F00,
  parameter [31:0] PL_LANE4_EQ_CONTROL = 32'h00003F00,
  parameter [31:0] PL_LANE5_EQ_CONTROL = 32'h00003F00,
  parameter [31:0] PL_LANE6_EQ_CONTROL = 32'h00003F00,
  parameter [31:0] PL_LANE7_EQ_CONTROL = 32'h00003F00,
  parameter [31:0] PL_LANE8_EQ_CONTROL = 32'h00003F00,
  parameter [31:0] PL_LANE9_EQ_CONTROL = 32'h00003F00,
  parameter [3:0] PL_LINK_CAP_MAX_LINK_SPEED = 4'h4,
  parameter [4:0] PL_LINK_CAP_MAX_LINK_WIDTH = 5'h08,
  parameter integer PL_N_FTS = 255,
  parameter PL_QUIESCE_GUARANTEE_DISABLE = "FALSE",
  parameter PL_REDO_EQ_SOURCE_SELECT = "TRUE",
  parameter [7:0] PL_REPORT_ALL_PHY_ERRORS = 8'h00,
  parameter [1:0] PL_RX_ADAPT_TIMER_CLWS_CLOBBER_TX_TS = 2'h0,
  parameter [3:0] PL_RX_ADAPT_TIMER_CLWS_GEN3 = 4'h0,
  parameter [3:0] PL_RX_ADAPT_TIMER_CLWS_GEN4 = 4'h0,
  parameter [1:0] PL_RX_ADAPT_TIMER_RRL_CLOBBER_TX_TS = 2'h0,
  parameter [3:0] PL_RX_ADAPT_TIMER_RRL_GEN3 = 4'h0,
  parameter [3:0] PL_RX_ADAPT_TIMER_RRL_GEN4 = 4'h0,
  parameter [1:0] PL_RX_L0S_EXIT_TO_RECOVERY = 2'h0,
  parameter [1:0] PL_SIM_FAST_LINK_TRAINING = 2'h0,
  parameter PL_SRIS_ENABLE = "FALSE",
  parameter [6:0] PL_SRIS_SKPOS_GEN_SPD_VEC = 7'h00,
  parameter [6:0] PL_SRIS_SKPOS_REC_SPD_VEC = 7'h00,
  parameter PL_UPSTREAM_FACING = "TRUE",
  parameter [15:0] PL_USER_SPARE = 16'h0000,
  parameter [15:0] PM_ASPML0S_TIMEOUT = 16'h1500,
  parameter [19:0] PM_ASPML1_ENTRY_DELAY = 20'h003E8,
  parameter PM_ENABLE_L23_ENTRY = "FALSE",
  parameter PM_ENABLE_SLOT_POWER_CAPTURE = "TRUE",
  parameter [31:0] PM_L1_REENTRY_DELAY = 32'h00000100,
  parameter [19:0] PM_PME_SERVICE_TIMEOUT_DELAY = 20'h00000,
  parameter [15:0] PM_PME_TURNOFF_ACK_DELAY = 16'h0100,
  parameter SIM_DEVICE = "ULTRASCALE_PLUS",
  parameter [31:0] SIM_JTAG_IDCODE = 32'h00000000,
  parameter SIM_VERSION = "1.0",
  parameter SPARE_BIT0 = "FALSE",
  parameter integer SPARE_BIT1 = 0,
  parameter integer SPARE_BIT2 = 0,
  parameter SPARE_BIT3 = "FALSE",
  parameter integer SPARE_BIT4 = 0,
  parameter integer SPARE_BIT5 = 0,
  parameter integer SPARE_BIT6 = 0,
  parameter integer SPARE_BIT7 = 0,
  parameter integer SPARE_BIT8 = 0,
  parameter [7:0] SPARE_BYTE0 = 8'h00,
  parameter [7:0] SPARE_BYTE1 = 8'h00,
  parameter [7:0] SPARE_BYTE2 = 8'h00,
  parameter [7:0] SPARE_BYTE3 = 8'h00,
  parameter [31:0] SPARE_WORD0 = 32'h00000000,
  parameter [31:0] SPARE_WORD1 = 32'h00000000,
  parameter [31:0] SPARE_WORD2 = 32'h00000000,
  parameter [31:0] SPARE_WORD3 = 32'h00000000,
  parameter [3:0] SRIOV_CAP_ENABLE = 4'h0,
  parameter TL2CFG_IF_PARITY_CHK = "TRUE",
  parameter [1:0] TL_COMPLETION_RAM_NUM_TLPS = 2'h0,
  parameter [1:0] TL_COMPLETION_RAM_SIZE = 2'h1,
  parameter [11:0] TL_CREDITS_CD = 12'h000,
  parameter [7:0] TL_CREDITS_CH = 8'h00,
  parameter [11:0] TL_CREDITS_NPD = 12'h004,
  parameter [7:0] TL_CREDITS_NPH = 8'h20,
  parameter [11:0] TL_CREDITS_PD = 12'h0E0,
  parameter [7:0] TL_CREDITS_PH = 8'h20,
  parameter [4:0] TL_FC_UPDATE_MIN_INTERVAL_TIME = 5'h02,
  parameter [4:0] TL_FC_UPDATE_MIN_INTERVAL_TLP_COUNT = 5'h08,
  parameter [1:0] TL_PF_ENABLE_REG = 2'h0,
  parameter [0:0] TL_POSTED_RAM_SIZE = 1'h0,
  parameter TL_RX_COMPLETION_FROM_RAM_READ_PIPELINE = "FALSE",
  parameter TL_RX_COMPLETION_TO_RAM_READ_PIPELINE = "FALSE",
  parameter TL_RX_COMPLETION_TO_RAM_WRITE_PIPELINE = "FALSE",
  parameter TL_RX_POSTED_FROM_RAM_READ_PIPELINE = "FALSE",
  parameter TL_RX_POSTED_TO_RAM_READ_PIPELINE = "FALSE",
  parameter TL_RX_POSTED_TO_RAM_WRITE_PIPELINE = "FALSE",
  parameter TL_TX_MUX_STRICT_PRIORITY = "TRUE",
  parameter TL_TX_TLP_STRADDLE_ENABLE = "FALSE",
  parameter TL_TX_TLP_TERMINATE_PARITY = "FALSE",
  parameter [15:0] TL_USER_SPARE = 16'h0000,
  parameter TPH_FROM_RAM_PIPELINE = "FALSE",
  parameter TPH_TO_RAM_PIPELINE = "FALSE",
  parameter [7:0] VF0_CAPABILITY_POINTER = 8'h80,
  parameter [11:0] VFG0_ARI_CAP_NEXTPTR = 12'h000,
  parameter [7:0] VFG0_MSIX_CAP_NEXTPTR = 8'h00,
  parameter integer VFG0_MSIX_CAP_PBA_BIR = 0,
  parameter [28:0] VFG0_MSIX_CAP_PBA_OFFSET = 29'h00000050,
  parameter integer VFG0_MSIX_CAP_TABLE_BIR = 0,
  parameter [28:0] VFG0_MSIX_CAP_TABLE_OFFSET = 29'h00000040,
  parameter [10:0] VFG0_MSIX_CAP_TABLE_SIZE = 11'h000,
  parameter [7:0] VFG0_PCIE_CAP_NEXTPTR = 8'h00,
  parameter [11:0] VFG0_TPHR_CAP_NEXTPTR = 12'h000,
  parameter [2:0] VFG0_TPHR_CAP_ST_MODE_SEL = 3'h0,
  parameter [11:0] VFG1_ARI_CAP_NEXTPTR = 12'h000,
  parameter [7:0] VFG1_MSIX_CAP_NEXTPTR = 8'h00,
  parameter integer VFG1_MSIX_CAP_PBA_BIR = 0,
  parameter [28:0] VFG1_MSIX_CAP_PBA_OFFSET = 29'h00000050,
  parameter integer VFG1_MSIX_CAP_TABLE_BIR = 0,
  parameter [28:0] VFG1_MSIX_CAP_TABLE_OFFSET = 29'h00000040,
  parameter [10:0] VFG1_MSIX_CAP_TABLE_SIZE = 11'h000,
  parameter [7:0] VFG1_PCIE_CAP_NEXTPTR = 8'h00,
  parameter [11:0] VFG1_TPHR_CAP_NEXTPTR = 12'h000,
  parameter [2:0] VFG1_TPHR_CAP_ST_MODE_SEL = 3'h0,
  parameter [11:0] VFG2_ARI_CAP_NEXTPTR = 12'h000,
  parameter [7:0] VFG2_MSIX_CAP_NEXTPTR = 8'h00,
  parameter integer VFG2_MSIX_CAP_PBA_BIR = 0,
  parameter [28:0] VFG2_MSIX_CAP_PBA_OFFSET = 29'h00000050,
  parameter integer VFG2_MSIX_CAP_TABLE_BIR = 0,
  parameter [28:0] VFG2_MSIX_CAP_TABLE_OFFSET = 29'h00000040,
  parameter [10:0] VFG2_MSIX_CAP_TABLE_SIZE = 11'h000,
  parameter [7:0] VFG2_PCIE_CAP_NEXTPTR = 8'h00,
  parameter [11:0] VFG2_TPHR_CAP_NEXTPTR = 12'h000,
  parameter [2:0] VFG2_TPHR_CAP_ST_MODE_SEL = 3'h0,
  parameter [11:0] VFG3_ARI_CAP_NEXTPTR = 12'h000,
  parameter [7:0] VFG3_MSIX_CAP_NEXTPTR = 8'h00,
  parameter integer VFG3_MSIX_CAP_PBA_BIR = 0,
  parameter [28:0] VFG3_MSIX_CAP_PBA_OFFSET = 29'h00000050,
  parameter integer VFG3_MSIX_CAP_TABLE_BIR = 0,
  parameter [28:0] VFG3_MSIX_CAP_TABLE_OFFSET = 29'h00000040,
  parameter [10:0] VFG3_MSIX_CAP_TABLE_SIZE = 11'h000,
  parameter [7:0] VFG3_PCIE_CAP_NEXTPTR = 8'h00,
  parameter [11:0] VFG3_TPHR_CAP_NEXTPTR = 12'h000,
  parameter [2:0] VFG3_TPHR_CAP_ST_MODE_SEL = 3'h0
)(
  output [7:0] AXIUSEROUT,
  output [7:0] CFGBUSNUMBER,
  output [1:0] CFGCURRENTSPEED,
  output CFGERRCOROUT,
  output CFGERRFATALOUT,
  output CFGERRNONFATALOUT,
  output [7:0] CFGEXTFUNCTIONNUMBER,
  output CFGEXTREADRECEIVED,
  output [9:0] CFGEXTREGISTERNUMBER,
  output [3:0] CFGEXTWRITEBYTEENABLE,
  output [31:0] CFGEXTWRITEDATA,
  output CFGEXTWRITERECEIVED,
  output [11:0] CFGFCCPLD,
  output [7:0] CFGFCCPLH,
  output [11:0] CFGFCNPD,
  output [7:0] CFGFCNPH,
  output [11:0] CFGFCPD,
  output [7:0] CFGFCPH,
  output [3:0] CFGFLRINPROCESS,
  output [11:0] CFGFUNCTIONPOWERSTATE,
  output [15:0] CFGFUNCTIONSTATUS,
  output CFGHOTRESETOUT,
  output [31:0] CFGINTERRUPTMSIDATA,
  output [3:0] CFGINTERRUPTMSIENABLE,
  output CFGINTERRUPTMSIFAIL,
  output CFGINTERRUPTMSIMASKUPDATE,
  output [11:0] CFGINTERRUPTMSIMMENABLE,
  output CFGINTERRUPTMSISENT,
  output [3:0] CFGINTERRUPTMSIXENABLE,
  output [3:0] CFGINTERRUPTMSIXMASK,
  output CFGINTERRUPTMSIXVECPENDINGSTATUS,
  output CFGINTERRUPTSENT,
  output [1:0] CFGLINKPOWERSTATE,
  output [4:0] CFGLOCALERROROUT,
  output CFGLOCALERRORVALID,
  output CFGLTRENABLE,
  output [5:0] CFGLTSSMSTATE,
  output [1:0] CFGMAXPAYLOAD,
  output [2:0] CFGMAXREADREQ,
  output [31:0] CFGMGMTREADDATA,
  output CFGMGMTREADWRITEDONE,
  output CFGMSGRECEIVED,
  output [7:0] CFGMSGRECEIVEDDATA,
  output [4:0] CFGMSGRECEIVEDTYPE,
  output CFGMSGTRANSMITDONE,
  output [12:0] CFGMSIXRAMADDRESS,
  output CFGMSIXRAMREADENABLE,
  output [3:0] CFGMSIXRAMWRITEBYTEENABLE,
  output [35:0] CFGMSIXRAMWRITEDATA,
  output [2:0] CFGNEGOTIATEDWIDTH,
  output [1:0] CFGOBFFENABLE,
  output CFGPHYLINKDOWN,
  output [1:0] CFGPHYLINKSTATUS,
  output CFGPLSTATUSCHANGE,
  output CFGPOWERSTATECHANGEINTERRUPT,
  output [3:0] CFGRCBSTATUS,
  output [1:0] CFGRXPMSTATE,
  output [11:0] CFGTPHRAMADDRESS,
  output CFGTPHRAMREADENABLE,
  output [3:0] CFGTPHRAMWRITEBYTEENABLE,
  output [35:0] CFGTPHRAMWRITEDATA,
  output [3:0] CFGTPHREQUESTERENABLE,
  output [11:0] CFGTPHSTMODE,
  output [1:0] CFGTXPMSTATE,
  output CONFMCAPDESIGNSWITCH,
  output CONFMCAPEOS,
  output CONFMCAPINUSEBYPCIE,
  output CONFREQREADY,
  output [31:0] CONFRESPRDATA,
  output CONFRESPVALID,
  output [31:0] DBGCTRL0OUT,
  output [31:0] DBGCTRL1OUT,
  output [255:0] DBGDATA0OUT,
  output [255:0] DBGDATA1OUT,
  output [15:0] DRPDO,
  output DRPRDY,
  output [255:0] MAXISCQTDATA,
  output [7:0] MAXISCQTKEEP,
  output MAXISCQTLAST,
  output [87:0] MAXISCQTUSER,
  output MAXISCQTVALID,
  output [255:0] MAXISRCTDATA,
  output [7:0] MAXISRCTKEEP,
  output MAXISRCTLAST,
  output [74:0] MAXISRCTUSER,
  output MAXISRCTVALID,
  output [8:0] MIREPLAYRAMADDRESS0,
  output [8:0] MIREPLAYRAMADDRESS1,
  output MIREPLAYRAMREADENABLE0,
  output MIREPLAYRAMREADENABLE1,
  output [127:0] MIREPLAYRAMWRITEDATA0,
  output [127:0] MIREPLAYRAMWRITEDATA1,
  output MIREPLAYRAMWRITEENABLE0,
  output MIREPLAYRAMWRITEENABLE1,
  output [8:0] MIRXCOMPLETIONRAMREADADDRESS0,
  output [8:0] MIRXCOMPLETIONRAMREADADDRESS1,
  output [1:0] MIRXCOMPLETIONRAMREADENABLE0,
  output [1:0] MIRXCOMPLETIONRAMREADENABLE1,
  output [8:0] MIRXCOMPLETIONRAMWRITEADDRESS0,
  output [8:0] MIRXCOMPLETIONRAMWRITEADDRESS1,
  output [143:0] MIRXCOMPLETIONRAMWRITEDATA0,
  output [143:0] MIRXCOMPLETIONRAMWRITEDATA1,
  output [1:0] MIRXCOMPLETIONRAMWRITEENABLE0,
  output [1:0] MIRXCOMPLETIONRAMWRITEENABLE1,
  output [8:0] MIRXPOSTEDREQUESTRAMREADADDRESS0,
  output [8:0] MIRXPOSTEDREQUESTRAMREADADDRESS1,
  output MIRXPOSTEDREQUESTRAMREADENABLE0,
  output MIRXPOSTEDREQUESTRAMREADENABLE1,
  output [8:0] MIRXPOSTEDREQUESTRAMWRITEADDRESS0,
  output [8:0] MIRXPOSTEDREQUESTRAMWRITEADDRESS1,
  output [143:0] MIRXPOSTEDREQUESTRAMWRITEDATA0,
  output [143:0] MIRXPOSTEDREQUESTRAMWRITEDATA1,
  output MIRXPOSTEDREQUESTRAMWRITEENABLE0,
  output MIRXPOSTEDREQUESTRAMWRITEENABLE1,
  output [5:0] PCIECQNPREQCOUNT,
  output PCIEPERST0B,
  output PCIEPERST1B,
  output [5:0] PCIERQSEQNUM0,
  output [5:0] PCIERQSEQNUM1,
  output PCIERQSEQNUMVLD0,
  output PCIERQSEQNUMVLD1,
  output [7:0] PCIERQTAG0,
  output [7:0] PCIERQTAG1,
  output [3:0] PCIERQTAGAV,
  output PCIERQTAGVLD0,
  output PCIERQTAGVLD1,
  output [3:0] PCIETFCNPDAV,
  output [3:0] PCIETFCNPHAV,
  output [1:0] PIPERX00EQCONTROL,
  output PIPERX00POLARITY,
  output [1:0] PIPERX01EQCONTROL,
  output PIPERX01POLARITY,
  output [1:0] PIPERX02EQCONTROL,
  output PIPERX02POLARITY,
  output [1:0] PIPERX03EQCONTROL,
  output PIPERX03POLARITY,
  output [1:0] PIPERX04EQCONTROL,
  output PIPERX04POLARITY,
  output [1:0] PIPERX05EQCONTROL,
  output PIPERX05POLARITY,
  output [1:0] PIPERX06EQCONTROL,
  output PIPERX06POLARITY,
  output [1:0] PIPERX07EQCONTROL,
  output PIPERX07POLARITY,
  output [1:0] PIPERX08EQCONTROL,
  output PIPERX08POLARITY,
  output [1:0] PIPERX09EQCONTROL,
  output PIPERX09POLARITY,
  output [1:0] PIPERX10EQCONTROL,
  output PIPERX10POLARITY,
  output [1:0] PIPERX11EQCONTROL,
  output PIPERX11POLARITY,
  output [1:0] PIPERX12EQCONTROL,
  output PIPERX12POLARITY,
  output [1:0] PIPERX13EQCONTROL,
  output PIPERX13POLARITY,
  output [1:0] PIPERX14EQCONTROL,
  output PIPERX14POLARITY,
  output [1:0] PIPERX15EQCONTROL,
  output PIPERX15POLARITY,
  output [5:0] PIPERXEQLPLFFS,
  output [3:0] PIPERXEQLPTXPRESET,
  output [1:0] PIPETX00CHARISK,
  output PIPETX00COMPLIANCE,
  output [31:0] PIPETX00DATA,
  output PIPETX00DATAVALID,
  output PIPETX00ELECIDLE,
  output [1:0] PIPETX00EQCONTROL,
  output [5:0] PIPETX00EQDEEMPH,
  output [1:0] PIPETX00POWERDOWN,
  output PIPETX00STARTBLOCK,
  output [1:0] PIPETX00SYNCHEADER,
  output [1:0] PIPETX01CHARISK,
  output PIPETX01COMPLIANCE,
  output [31:0] PIPETX01DATA,
  output PIPETX01DATAVALID,
  output PIPETX01ELECIDLE,
  output [1:0] PIPETX01EQCONTROL,
  output [5:0] PIPETX01EQDEEMPH,
  output [1:0] PIPETX01POWERDOWN,
  output PIPETX01STARTBLOCK,
  output [1:0] PIPETX01SYNCHEADER,
  output [1:0] PIPETX02CHARISK,
  output PIPETX02COMPLIANCE,
  output [31:0] PIPETX02DATA,
  output PIPETX02DATAVALID,
  output PIPETX02ELECIDLE,
  output [1:0] PIPETX02EQCONTROL,
  output [5:0] PIPETX02EQDEEMPH,
  output [1:0] PIPETX02POWERDOWN,
  output PIPETX02STARTBLOCK,
  output [1:0] PIPETX02SYNCHEADER,
  output [1:0] PIPETX03CHARISK,
  output PIPETX03COMPLIANCE,
  output [31:0] PIPETX03DATA,
  output PIPETX03DATAVALID,
  output PIPETX03ELECIDLE,
  output [1:0] PIPETX03EQCONTROL,
  output [5:0] PIPETX03EQDEEMPH,
  output [1:0] PIPETX03POWERDOWN,
  output PIPETX03STARTBLOCK,
  output [1:0] PIPETX03SYNCHEADER,
  output [1:0] PIPETX04CHARISK,
  output PIPETX04COMPLIANCE,
  output [31:0] PIPETX04DATA,
  output PIPETX04DATAVALID,
  output PIPETX04ELECIDLE,
  output [1:0] PIPETX04EQCONTROL,
  output [5:0] PIPETX04EQDEEMPH,
  output [1:0] PIPETX04POWERDOWN,
  output PIPETX04STARTBLOCK,
  output [1:0] PIPETX04SYNCHEADER,
  output [1:0] PIPETX05CHARISK,
  output PIPETX05COMPLIANCE,
  output [31:0] PIPETX05DATA,
  output PIPETX05DATAVALID,
  output PIPETX05ELECIDLE,
  output [1:0] PIPETX05EQCONTROL,
  output [5:0] PIPETX05EQDEEMPH,
  output [1:0] PIPETX05POWERDOWN,
  output PIPETX05STARTBLOCK,
  output [1:0] PIPETX05SYNCHEADER,
  output [1:0] PIPETX06CHARISK,
  output PIPETX06COMPLIANCE,
  output [31:0] PIPETX06DATA,
  output PIPETX06DATAVALID,
  output PIPETX06ELECIDLE,
  output [1:0] PIPETX06EQCONTROL,
  output [5:0] PIPETX06EQDEEMPH,
  output [1:0] PIPETX06POWERDOWN,
  output PIPETX06STARTBLOCK,
  output [1:0] PIPETX06SYNCHEADER,
  output [1:0] PIPETX07CHARISK,
  output PIPETX07COMPLIANCE,
  output [31:0] PIPETX07DATA,
  output PIPETX07DATAVALID,
  output PIPETX07ELECIDLE,
  output [1:0] PIPETX07EQCONTROL,
  output [5:0] PIPETX07EQDEEMPH,
  output [1:0] PIPETX07POWERDOWN,
  output PIPETX07STARTBLOCK,
  output [1:0] PIPETX07SYNCHEADER,
  output [1:0] PIPETX08CHARISK,
  output PIPETX08COMPLIANCE,
  output [31:0] PIPETX08DATA,
  output PIPETX08DATAVALID,
  output PIPETX08ELECIDLE,
  output [1:0] PIPETX08EQCONTROL,
  output [5:0] PIPETX08EQDEEMPH,
  output [1:0] PIPETX08POWERDOWN,
  output PIPETX08STARTBLOCK,
  output [1:0] PIPETX08SYNCHEADER,
  output [1:0] PIPETX09CHARISK,
  output PIPETX09COMPLIANCE,
  output [31:0] PIPETX09DATA,
  output PIPETX09DATAVALID,
  output PIPETX09ELECIDLE,
  output [1:0] PIPETX09EQCONTROL,
  output [5:0] PIPETX09EQDEEMPH,
  output [1:0] PIPETX09POWERDOWN,
  output PIPETX09STARTBLOCK,
  output [1:0] PIPETX09SYNCHEADER,
  output [1:0] PIPETX10CHARISK,
  output PIPETX10COMPLIANCE,
  output [31:0] PIPETX10DATA,
  output PIPETX10DATAVALID,
  output PIPETX10ELECIDLE,
  output [1:0] PIPETX10EQCONTROL,
  output [5:0] PIPETX10EQDEEMPH,
  output [1:0] PIPETX10POWERDOWN,
  output PIPETX10STARTBLOCK,
  output [1:0] PIPETX10SYNCHEADER,
  output [1:0] PIPETX11CHARISK,
  output PIPETX11COMPLIANCE,
  output [31:0] PIPETX11DATA,
  output PIPETX11DATAVALID,
  output PIPETX11ELECIDLE,
  output [1:0] PIPETX11EQCONTROL,
  output [5:0] PIPETX11EQDEEMPH,
  output [1:0] PIPETX11POWERDOWN,
  output PIPETX11STARTBLOCK,
  output [1:0] PIPETX11SYNCHEADER,
  output [1:0] PIPETX12CHARISK,
  output PIPETX12COMPLIANCE,
  output [31:0] PIPETX12DATA,
  output PIPETX12DATAVALID,
  output PIPETX12ELECIDLE,
  output [1:0] PIPETX12EQCONTROL,
  output [5:0] PIPETX12EQDEEMPH,
  output [1:0] PIPETX12POWERDOWN,
  output PIPETX12STARTBLOCK,
  output [1:0] PIPETX12SYNCHEADER,
  output [1:0] PIPETX13CHARISK,
  output PIPETX13COMPLIANCE,
  output [31:0] PIPETX13DATA,
  output PIPETX13DATAVALID,
  output PIPETX13ELECIDLE,
  output [1:0] PIPETX13EQCONTROL,
  output [5:0] PIPETX13EQDEEMPH,
  output [1:0] PIPETX13POWERDOWN,
  output PIPETX13STARTBLOCK,
  output [1:0] PIPETX13SYNCHEADER,
  output [1:0] PIPETX14CHARISK,
  output PIPETX14COMPLIANCE,
  output [31:0] PIPETX14DATA,
  output PIPETX14DATAVALID,
  output PIPETX14ELECIDLE,
  output [1:0] PIPETX14EQCONTROL,
  output [5:0] PIPETX14EQDEEMPH,
  output [1:0] PIPETX14POWERDOWN,
  output PIPETX14STARTBLOCK,
  output [1:0] PIPETX14SYNCHEADER,
  output [1:0] PIPETX15CHARISK,
  output PIPETX15COMPLIANCE,
  output [31:0] PIPETX15DATA,
  output PIPETX15DATAVALID,
  output PIPETX15ELECIDLE,
  output [1:0] PIPETX15EQCONTROL,
  output [5:0] PIPETX15EQDEEMPH,
  output [1:0] PIPETX15POWERDOWN,
  output PIPETX15STARTBLOCK,
  output [1:0] PIPETX15SYNCHEADER,
  output PIPETXDEEMPH,
  output [2:0] PIPETXMARGIN,
  output [1:0] PIPETXRATE,
  output PIPETXRCVRDET,
  output PIPETXRESET,
  output PIPETXSWING,
  output PLEQINPROGRESS,
  output [1:0] PLEQPHASE,
  output PLGEN34EQMISMATCH,
  output [3:0] SAXISCCTREADY,
  output [3:0] SAXISRQTREADY,
  output [31:0] USERSPAREOUT,

  input [7:0] AXIUSERIN,
  input CFGCONFIGSPACEENABLE,
  input [15:0] CFGDEVIDPF0,
  input [15:0] CFGDEVIDPF1,
  input [15:0] CFGDEVIDPF2,
  input [15:0] CFGDEVIDPF3,
  input [7:0] CFGDSBUSNUMBER,
  input [4:0] CFGDSDEVICENUMBER,
  input [2:0] CFGDSFUNCTIONNUMBER,
  input [63:0] CFGDSN,
  input [7:0] CFGDSPORTNUMBER,
  input CFGERRCORIN,
  input CFGERRUNCORIN,
  input [31:0] CFGEXTREADDATA,
  input CFGEXTREADDATAVALID,
  input [2:0] CFGFCSEL,
  input [3:0] CFGFLRDONE,
  input CFGHOTRESETIN,
  input [3:0] CFGINTERRUPTINT,
  input [2:0] CFGINTERRUPTMSIATTR,
  input [7:0] CFGINTERRUPTMSIFUNCTIONNUMBER,
  input [31:0] CFGINTERRUPTMSIINT,
  input [31:0] CFGINTERRUPTMSIPENDINGSTATUS,
  input CFGINTERRUPTMSIPENDINGSTATUSDATAENABLE,
  input [1:0] CFGINTERRUPTMSIPENDINGSTATUSFUNCTIONNUM,
  input [1:0] CFGINTERRUPTMSISELECT,
  input CFGINTERRUPTMSITPHPRESENT,
  input [7:0] CFGINTERRUPTMSITPHSTTAG,
  input [1:0] CFGINTERRUPTMSITPHTYPE,
  input [63:0] CFGINTERRUPTMSIXADDRESS,
  input [31:0] CFGINTERRUPTMSIXDATA,
  input CFGINTERRUPTMSIXINT,
  input [1:0] CFGINTERRUPTMSIXVECPENDING,
  input [3:0] CFGINTERRUPTPENDING,
  input CFGLINKTRAININGENABLE,
  input [9:0] CFGMGMTADDR,
  input [3:0] CFGMGMTBYTEENABLE,
  input CFGMGMTDEBUGACCESS,
  input [7:0] CFGMGMTFUNCTIONNUMBER,
  input CFGMGMTREAD,
  input CFGMGMTWRITE,
  input [31:0] CFGMGMTWRITEDATA,
  input CFGMSGTRANSMIT,
  input [31:0] CFGMSGTRANSMITDATA,
  input [2:0] CFGMSGTRANSMITTYPE,
  input [35:0] CFGMSIXRAMREADDATA,
  input CFGPMASPML1ENTRYREJECT,
  input CFGPMASPMTXL0SENTRYDISABLE,
  input CFGPOWERSTATECHANGEACK,
  input CFGREQPMTRANSITIONL23READY,
  input [7:0] CFGREVIDPF0,
  input [7:0] CFGREVIDPF1,
  input [7:0] CFGREVIDPF2,
  input [7:0] CFGREVIDPF3,
  input [15:0] CFGSUBSYSIDPF0,
  input [15:0] CFGSUBSYSIDPF1,
  input [15:0] CFGSUBSYSIDPF2,
  input [15:0] CFGSUBSYSIDPF3,
  input [15:0] CFGSUBSYSVENDID,
  input [35:0] CFGTPHRAMREADDATA,
  input [15:0] CFGVENDID,
  input CFGVFFLRDONE,
  input [7:0] CFGVFFLRFUNCNUM,
  input CONFMCAPREQUESTBYCONF,
  input [31:0] CONFREQDATA,
  input [3:0] CONFREQREGNUM,
  input [1:0] CONFREQTYPE,
  input CONFREQVALID,
  input CORECLK,
  input CORECLKMIREPLAYRAM0,
  input CORECLKMIREPLAYRAM1,
  input CORECLKMIRXCOMPLETIONRAM0,
  input CORECLKMIRXCOMPLETIONRAM1,
  input CORECLKMIRXPOSTEDREQUESTRAM0,
  input CORECLKMIRXPOSTEDREQUESTRAM1,
  input [5:0] DBGSEL0,
  input [5:0] DBGSEL1,
  input [9:0] DRPADDR,
  input DRPCLK,
  input [15:0] DRPDI,
  input DRPEN,
  input DRPWE,
  input [21:0] MAXISCQTREADY,
  input [21:0] MAXISRCTREADY,
  input MCAPCLK,
  input MCAPPERST0B,
  input MCAPPERST1B,
  input MGMTRESETN,
  input MGMTSTICKYRESETN,
  input [5:0] MIREPLAYRAMERRCOR,
  input [5:0] MIREPLAYRAMERRUNCOR,
  input [127:0] MIREPLAYRAMREADDATA0,
  input [127:0] MIREPLAYRAMREADDATA1,
  input [11:0] MIRXCOMPLETIONRAMERRCOR,
  input [11:0] MIRXCOMPLETIONRAMERRUNCOR,
  input [143:0] MIRXCOMPLETIONRAMREADDATA0,
  input [143:0] MIRXCOMPLETIONRAMREADDATA1,
  input [5:0] MIRXPOSTEDREQUESTRAMERRCOR,
  input [5:0] MIRXPOSTEDREQUESTRAMERRUNCOR,
  input [143:0] MIRXPOSTEDREQUESTRAMREADDATA0,
  input [143:0] MIRXPOSTEDREQUESTRAMREADDATA1,
  input [1:0] PCIECOMPLDELIVERED,
  input [7:0] PCIECOMPLDELIVEREDTAG0,
  input [7:0] PCIECOMPLDELIVEREDTAG1,
  input [1:0] PCIECQNPREQ,
  input PCIECQNPUSERCREDITRCVD,
  input PCIECQPIPELINEEMPTY,
  input PCIEPOSTEDREQDELIVERED,
  input PIPECLK,
  input PIPECLKEN,
  input [5:0] PIPEEQFS,
  input [5:0] PIPEEQLF,
  input PIPERESETN,
  input [1:0] PIPERX00CHARISK,
  input [31:0] PIPERX00DATA,
  input PIPERX00DATAVALID,
  input PIPERX00ELECIDLE,
  input PIPERX00EQDONE,
  input PIPERX00EQLPADAPTDONE,
  input PIPERX00EQLPLFFSSEL,
  input [17:0] PIPERX00EQLPNEWTXCOEFFORPRESET,
  input PIPERX00PHYSTATUS,
  input [1:0] PIPERX00STARTBLOCK,
  input [2:0] PIPERX00STATUS,
  input [1:0] PIPERX00SYNCHEADER,
  input PIPERX00VALID,
  input [1:0] PIPERX01CHARISK,
  input [31:0] PIPERX01DATA,
  input PIPERX01DATAVALID,
  input PIPERX01ELECIDLE,
  input PIPERX01EQDONE,
  input PIPERX01EQLPADAPTDONE,
  input PIPERX01EQLPLFFSSEL,
  input [17:0] PIPERX01EQLPNEWTXCOEFFORPRESET,
  input PIPERX01PHYSTATUS,
  input [1:0] PIPERX01STARTBLOCK,
  input [2:0] PIPERX01STATUS,
  input [1:0] PIPERX01SYNCHEADER,
  input PIPERX01VALID,
  input [1:0] PIPERX02CHARISK,
  input [31:0] PIPERX02DATA,
  input PIPERX02DATAVALID,
  input PIPERX02ELECIDLE,
  input PIPERX02EQDONE,
  input PIPERX02EQLPADAPTDONE,
  input PIPERX02EQLPLFFSSEL,
  input [17:0] PIPERX02EQLPNEWTXCOEFFORPRESET,
  input PIPERX02PHYSTATUS,
  input [1:0] PIPERX02STARTBLOCK,
  input [2:0] PIPERX02STATUS,
  input [1:0] PIPERX02SYNCHEADER,
  input PIPERX02VALID,
  input [1:0] PIPERX03CHARISK,
  input [31:0] PIPERX03DATA,
  input PIPERX03DATAVALID,
  input PIPERX03ELECIDLE,
  input PIPERX03EQDONE,
  input PIPERX03EQLPADAPTDONE,
  input PIPERX03EQLPLFFSSEL,
  input [17:0] PIPERX03EQLPNEWTXCOEFFORPRESET,
  input PIPERX03PHYSTATUS,
  input [1:0] PIPERX03STARTBLOCK,
  input [2:0] PIPERX03STATUS,
  input [1:0] PIPERX03SYNCHEADER,
  input PIPERX03VALID,
  input [1:0] PIPERX04CHARISK,
  input [31:0] PIPERX04DATA,
  input PIPERX04DATAVALID,
  input PIPERX04ELECIDLE,
  input PIPERX04EQDONE,
  input PIPERX04EQLPADAPTDONE,
  input PIPERX04EQLPLFFSSEL,
  input [17:0] PIPERX04EQLPNEWTXCOEFFORPRESET,
  input PIPERX04PHYSTATUS,
  input [1:0] PIPERX04STARTBLOCK,
  input [2:0] PIPERX04STATUS,
  input [1:0] PIPERX04SYNCHEADER,
  input PIPERX04VALID,
  input [1:0] PIPERX05CHARISK,
  input [31:0] PIPERX05DATA,
  input PIPERX05DATAVALID,
  input PIPERX05ELECIDLE,
  input PIPERX05EQDONE,
  input PIPERX05EQLPADAPTDONE,
  input PIPERX05EQLPLFFSSEL,
  input [17:0] PIPERX05EQLPNEWTXCOEFFORPRESET,
  input PIPERX05PHYSTATUS,
  input [1:0] PIPERX05STARTBLOCK,
  input [2:0] PIPERX05STATUS,
  input [1:0] PIPERX05SYNCHEADER,
  input PIPERX05VALID,
  input [1:0] PIPERX06CHARISK,
  input [31:0] PIPERX06DATA,
  input PIPERX06DATAVALID,
  input PIPERX06ELECIDLE,
  input PIPERX06EQDONE,
  input PIPERX06EQLPADAPTDONE,
  input PIPERX06EQLPLFFSSEL,
  input [17:0] PIPERX06EQLPNEWTXCOEFFORPRESET,
  input PIPERX06PHYSTATUS,
  input [1:0] PIPERX06STARTBLOCK,
  input [2:0] PIPERX06STATUS,
  input [1:0] PIPERX06SYNCHEADER,
  input PIPERX06VALID,
  input [1:0] PIPERX07CHARISK,
  input [31:0] PIPERX07DATA,
  input PIPERX07DATAVALID,
  input PIPERX07ELECIDLE,
  input PIPERX07EQDONE,
  input PIPERX07EQLPADAPTDONE,
  input PIPERX07EQLPLFFSSEL,
  input [17:0] PIPERX07EQLPNEWTXCOEFFORPRESET,
  input PIPERX07PHYSTATUS,
  input [1:0] PIPERX07STARTBLOCK,
  input [2:0] PIPERX07STATUS,
  input [1:0] PIPERX07SYNCHEADER,
  input PIPERX07VALID,
  input [1:0] PIPERX08CHARISK,
  input [31:0] PIPERX08DATA,
  input PIPERX08DATAVALID,
  input PIPERX08ELECIDLE,
  input PIPERX08EQDONE,
  input PIPERX08EQLPADAPTDONE,
  input PIPERX08EQLPLFFSSEL,
  input [17:0] PIPERX08EQLPNEWTXCOEFFORPRESET,
  input PIPERX08PHYSTATUS,
  input [1:0] PIPERX08STARTBLOCK,
  input [2:0] PIPERX08STATUS,
  input [1:0] PIPERX08SYNCHEADER,
  input PIPERX08VALID,
  input [1:0] PIPERX09CHARISK,
  input [31:0] PIPERX09DATA,
  input PIPERX09DATAVALID,
  input PIPERX09ELECIDLE,
  input PIPERX09EQDONE,
  input PIPERX09EQLPADAPTDONE,
  input PIPERX09EQLPLFFSSEL,
  input [17:0] PIPERX09EQLPNEWTXCOEFFORPRESET,
  input PIPERX09PHYSTATUS,
  input [1:0] PIPERX09STARTBLOCK,
  input [2:0] PIPERX09STATUS,
  input [1:0] PIPERX09SYNCHEADER,
  input PIPERX09VALID,
  input [1:0] PIPERX10CHARISK,
  input [31:0] PIPERX10DATA,
  input PIPERX10DATAVALID,
  input PIPERX10ELECIDLE,
  input PIPERX10EQDONE,
  input PIPERX10EQLPADAPTDONE,
  input PIPERX10EQLPLFFSSEL,
  input [17:0] PIPERX10EQLPNEWTXCOEFFORPRESET,
  input PIPERX10PHYSTATUS,
  input [1:0] PIPERX10STARTBLOCK,
  input [2:0] PIPERX10STATUS,
  input [1:0] PIPERX10SYNCHEADER,
  input PIPERX10VALID,
  input [1:0] PIPERX11CHARISK,
  input [31:0] PIPERX11DATA,
  input PIPERX11DATAVALID,
  input PIPERX11ELECIDLE,
  input PIPERX11EQDONE,
  input PIPERX11EQLPADAPTDONE,
  input PIPERX11EQLPLFFSSEL,
  input [17:0] PIPERX11EQLPNEWTXCOEFFORPRESET,
  input PIPERX11PHYSTATUS,
  input [1:0] PIPERX11STARTBLOCK,
  input [2:0] PIPERX11STATUS,
  input [1:0] PIPERX11SYNCHEADER,
  input PIPERX11VALID,
  input [1:0] PIPERX12CHARISK,
  input [31:0] PIPERX12DATA,
  input PIPERX12DATAVALID,
  input PIPERX12ELECIDLE,
  input PIPERX12EQDONE,
  input PIPERX12EQLPADAPTDONE,
  input PIPERX12EQLPLFFSSEL,
  input [17:0] PIPERX12EQLPNEWTXCOEFFORPRESET,
  input PIPERX12PHYSTATUS,
  input [1:0] PIPERX12STARTBLOCK,
  input [2:0] PIPERX12STATUS,
  input [1:0] PIPERX12SYNCHEADER,
  input PIPERX12VALID,
  input [1:0] PIPERX13CHARISK,
  input [31:0] PIPERX13DATA,
  input PIPERX13DATAVALID,
  input PIPERX13ELECIDLE,
  input PIPERX13EQDONE,
  input PIPERX13EQLPADAPTDONE,
  input PIPERX13EQLPLFFSSEL,
  input [17:0] PIPERX13EQLPNEWTXCOEFFORPRESET,
  input PIPERX13PHYSTATUS,
  input [1:0] PIPERX13STARTBLOCK,
  input [2:0] PIPERX13STATUS,
  input [1:0] PIPERX13SYNCHEADER,
  input PIPERX13VALID,
  input [1:0] PIPERX14CHARISK,
  input [31:0] PIPERX14DATA,
  input PIPERX14DATAVALID,
  input PIPERX14ELECIDLE,
  input PIPERX14EQDONE,
  input PIPERX14EQLPADAPTDONE,
  input PIPERX14EQLPLFFSSEL,
  input [17:0] PIPERX14EQLPNEWTXCOEFFORPRESET,
  input PIPERX14PHYSTATUS,
  input [1:0] PIPERX14STARTBLOCK,
  input [2:0] PIPERX14STATUS,
  input [1:0] PIPERX14SYNCHEADER,
  input PIPERX14VALID,
  input [1:0] PIPERX15CHARISK,
  input [31:0] PIPERX15DATA,
  input PIPERX15DATAVALID,
  input PIPERX15ELECIDLE,
  input PIPERX15EQDONE,
  input PIPERX15EQLPADAPTDONE,
  input PIPERX15EQLPLFFSSEL,
  input [17:0] PIPERX15EQLPNEWTXCOEFFORPRESET,
  input PIPERX15PHYSTATUS,
  input [1:0] PIPERX15STARTBLOCK,
  input [2:0] PIPERX15STATUS,
  input [1:0] PIPERX15SYNCHEADER,
  input PIPERX15VALID,
  input [17:0] PIPETX00EQCOEFF,
  input PIPETX00EQDONE,
  input [17:0] PIPETX01EQCOEFF,
  input PIPETX01EQDONE,
  input [17:0] PIPETX02EQCOEFF,
  input PIPETX02EQDONE,
  input [17:0] PIPETX03EQCOEFF,
  input PIPETX03EQDONE,
  input [17:0] PIPETX04EQCOEFF,
  input PIPETX04EQDONE,
  input [17:0] PIPETX05EQCOEFF,
  input PIPETX05EQDONE,
  input [17:0] PIPETX06EQCOEFF,
  input PIPETX06EQDONE,
  input [17:0] PIPETX07EQCOEFF,
  input PIPETX07EQDONE,
  input [17:0] PIPETX08EQCOEFF,
  input PIPETX08EQDONE,
  input [17:0] PIPETX09EQCOEFF,
  input PIPETX09EQDONE,
  input [17:0] PIPETX10EQCOEFF,
  input PIPETX10EQDONE,
  input [17:0] PIPETX11EQCOEFF,
  input PIPETX11EQDONE,
  input [17:0] PIPETX12EQCOEFF,
  input PIPETX12EQDONE,
  input [17:0] PIPETX13EQCOEFF,
  input PIPETX13EQDONE,
  input [17:0] PIPETX14EQCOEFF,
  input PIPETX14EQDONE,
  input [17:0] PIPETX15EQCOEFF,
  input PIPETX15EQDONE,
  input PLEQRESETEIEOSCOUNT,
  input PLGEN2UPSTREAMPREFERDEEMPH,
  input PLGEN34REDOEQSPEED,
  input PLGEN34REDOEQUALIZATION,
  input RESETN,
  input [255:0] SAXISCCTDATA,
  input [7:0] SAXISCCTKEEP,
  input SAXISCCTLAST,
  input [32:0] SAXISCCTUSER,
  input SAXISCCTVALID,
  input [255:0] SAXISRQTDATA,
  input [7:0] SAXISRQTKEEP,
  input SAXISRQTLAST,
  input [61:0] SAXISRQTUSER,
  input SAXISRQTVALID,
  input USERCLK,
  input USERCLK2,
  input USERCLKEN,
  input [31:0] USERSPAREIN
);

endmodule

`endcelldefine